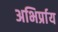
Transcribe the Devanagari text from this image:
अभिर्प्राय